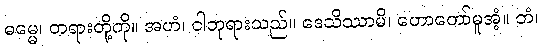
ဓမ္မေ၊ တရားတို့ကို။ အဟံ၊ ငါဘုရားသည်။ ဒေသိဿာမိ၊ ဟောတော်မူအံ့။ တံ၊